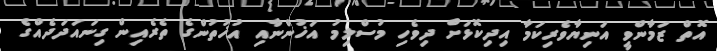
އޮތް ޒަމާންވީ އަނިޔާވެރިކަމާ އިދިކޮޅަށް ދިވެހި މުސްލިމު އަޚުންނާއި އުޚުތުންގެ ތެރެއިން ގިނައަދަދެއްގެ